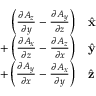
{ \begin{array} { r l } { \left( { \frac { \partial A _ { z } } { \partial y } } - { \frac { \partial A _ { y } } { \partial z } } \right) } & { { \hat { \mathbf { x } } } } \\ { + \left( { \frac { \partial A _ { x } } { \partial z } } - { \frac { \partial A _ { z } } { \partial x } } \right) } & { { \hat { \mathbf { y } } } } \\ { + \left( { \frac { \partial A _ { y } } { \partial x } } - { \frac { \partial A _ { x } } { \partial y } } \right) } & { { \hat { \mathbf { z } } } } \end{array} }